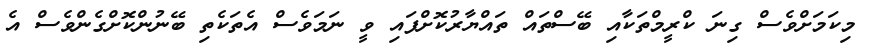
މިކަމަށްވެސް ގިނަ ކްރީމްތަކާއި ބޭސްތައް ތައްޔާރުކޮށްފައި ވީ ނަމަވެސް އެތަކެތި ބޭނުންކޮށްގެންވެސް އެ